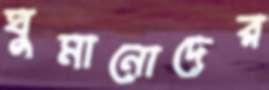
ঘুমানোদের